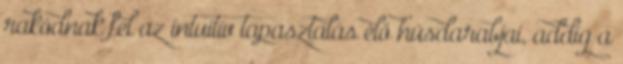
rakódnak fel az intuitív tapasztalás élő húsdarabjai, addig a